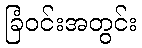
ခြံဝင်းအတွင်း